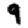
Digit: 9